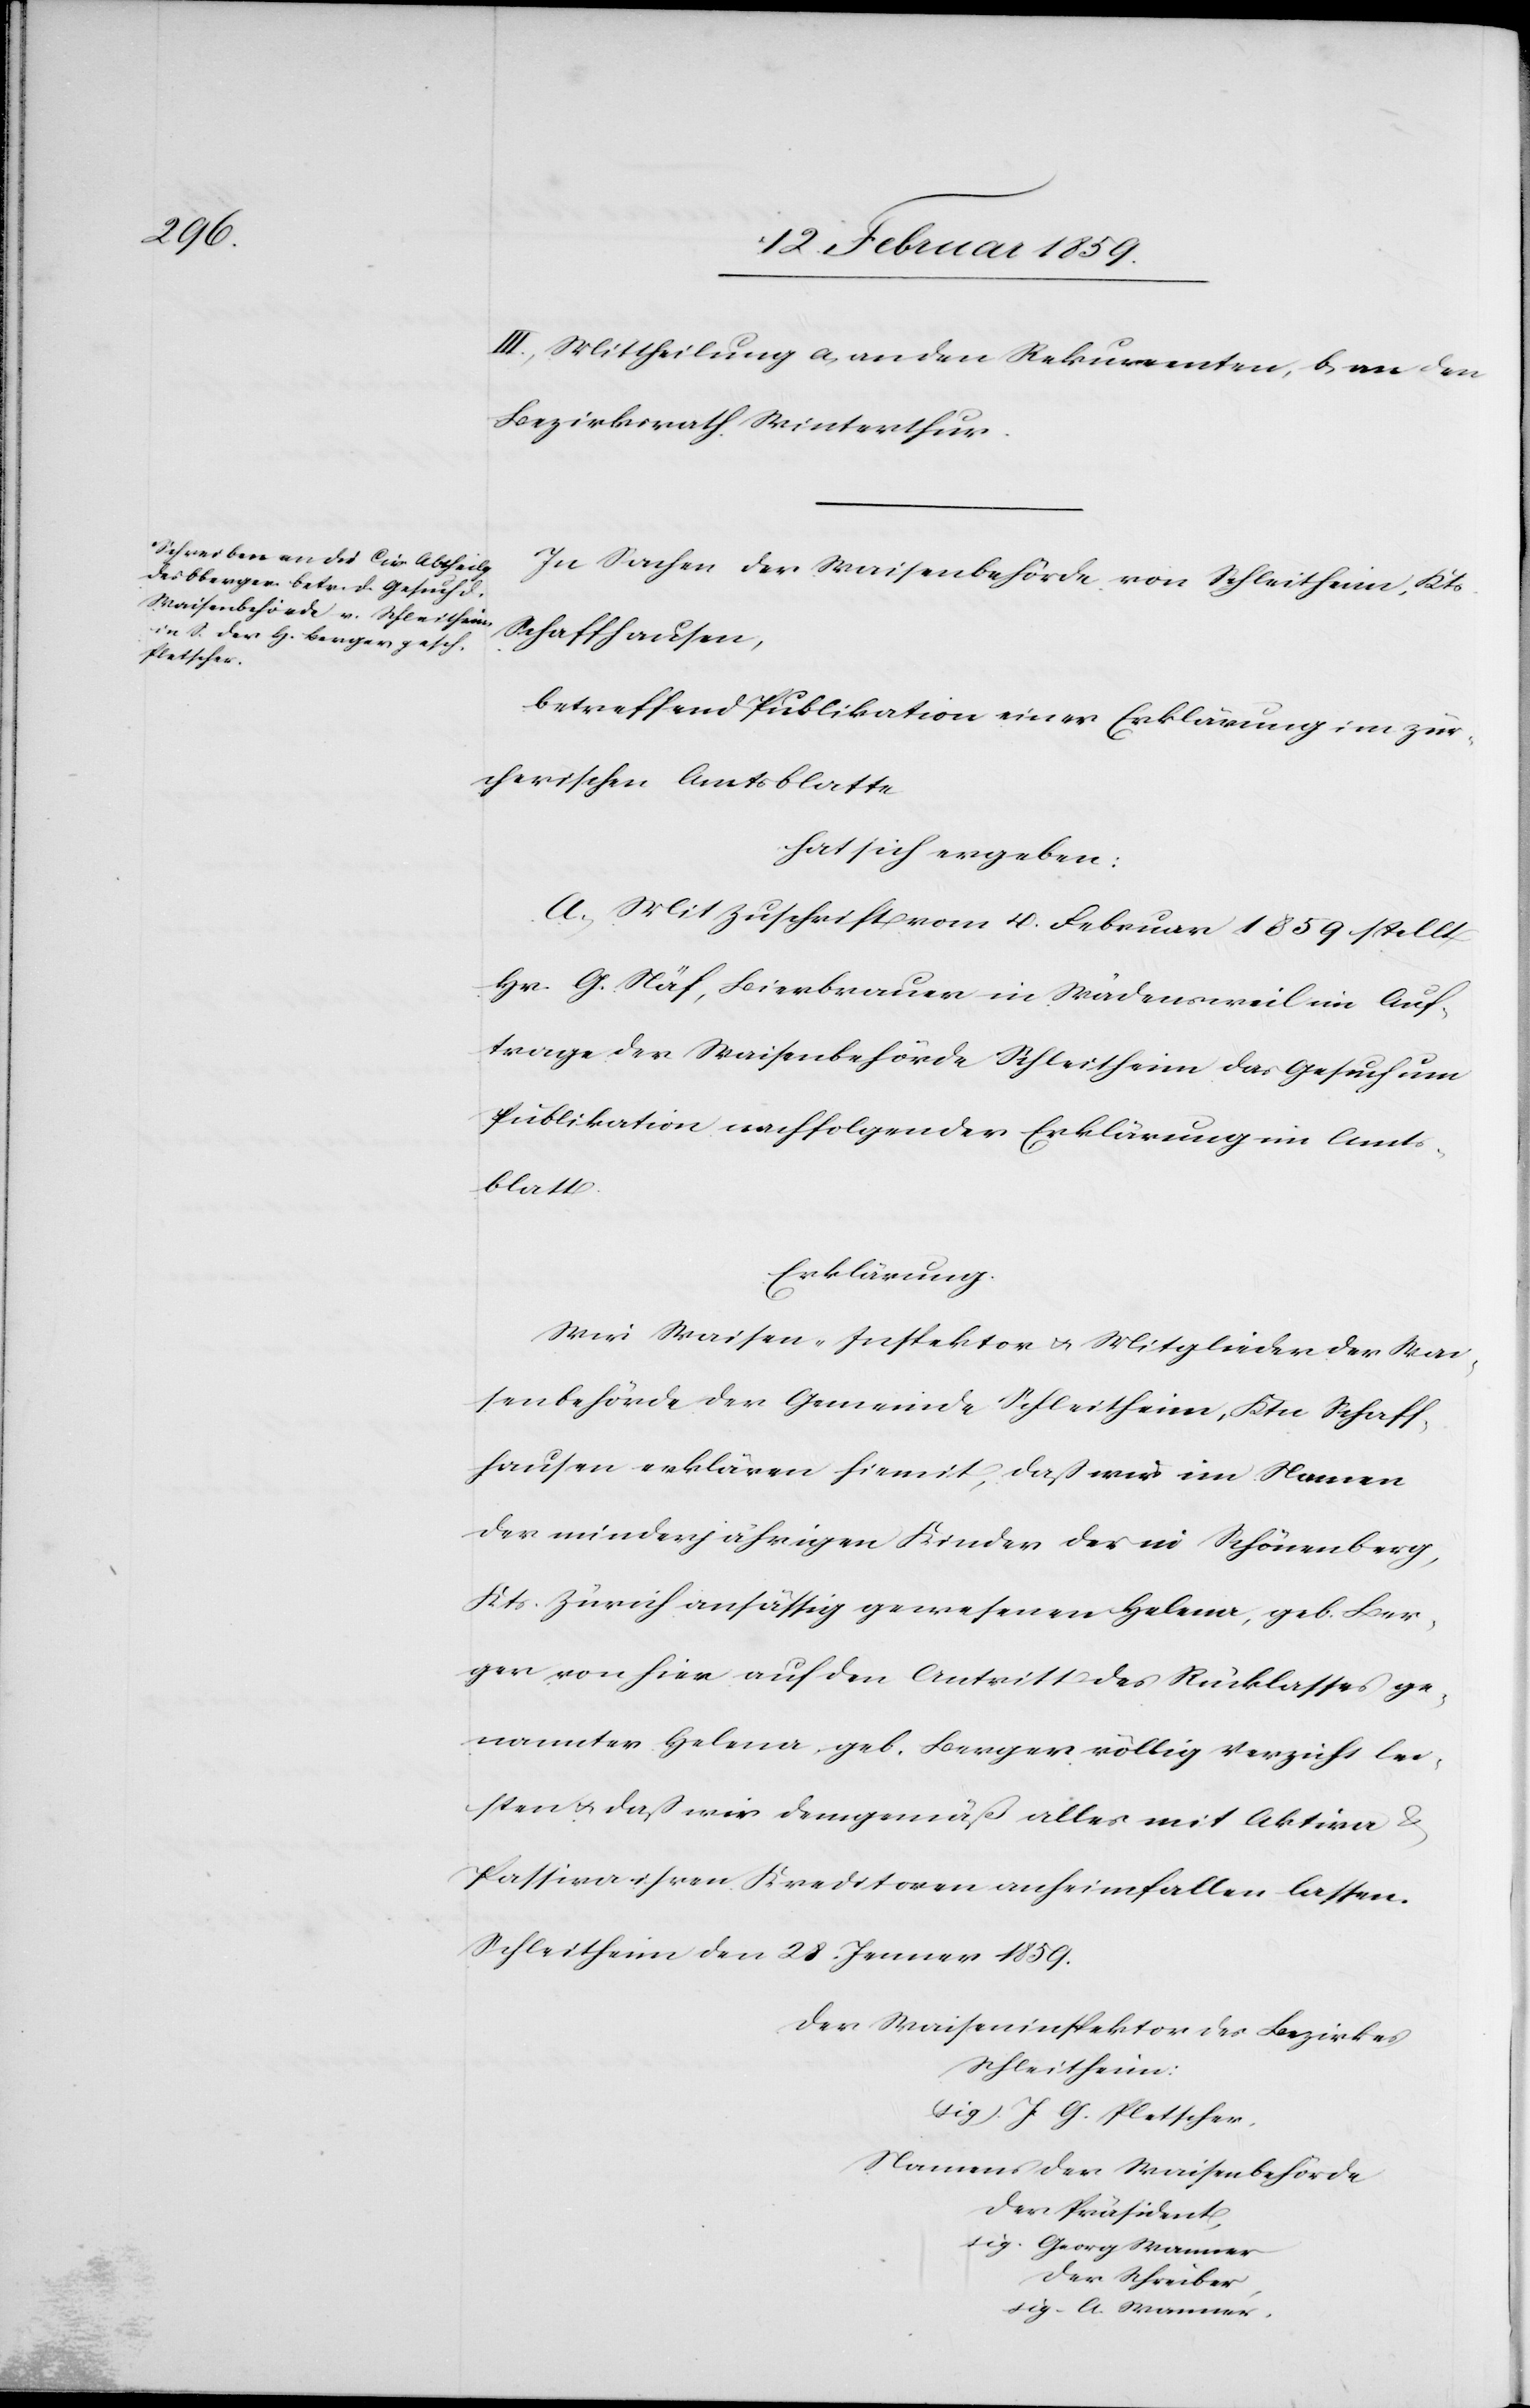
III. Mittheilung a, an den Rekurrenten, b, an den
Bezirksrath Winterthur.
In Sachen der Waisenbehörde von Schleitheim, Kts.
Schaffhausen,
betreffend Publikation einer Erklärung im zür¬
cherischen Amtsblatte
hat sich ergeben:
A. Mit Zuschreiben vom 4. Februar 1859 stellt
Hr. G. Näf, Bierbrauer in Wädensweil im Auf¬
trage der Waisenbehörde Schleitheim das Gesuch um
Publikation nachfolgender Erklärung im Amt¬
sblatt.
Erklärung.
Wir Waisen-Inspektor u. Mitglieder der Wai¬
senbehörde der Gemeinde Schleitheim, Ktn. Schaff¬
hausen erklären hiemit, daß wir im Namen
der minderjährigen Kinder der in Schönenberg,
Kts. Zürich ansässig gewesenen Helena, geb. Ber¬
ger von hier auf den Antritt des Rücklasses ge¬
nannter Helena, geb. Berger völlig Verzicht lei¬
sten u daß wir demgemäß alles mit Aktiva
Passiva ihren Kreditoren anheimfallen lassen.
Schleitheim den 28. Januar 1859.
Der Waiseninspektor des Bezirkes
Schleitheim:
(sig) J. G. Pletscher,
Namens der Waisenbehörde
der Präsident,
sig. Georg Wanner
der Schreiber,
sig. A. Wanner.